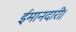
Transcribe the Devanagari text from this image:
ईमानदारी।